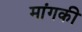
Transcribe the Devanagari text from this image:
मांगकी